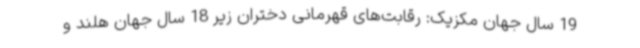
19 سال جهان مکزیک: رقابت‌های قهرمانی دختران زیر 18 سال جهان هلند و